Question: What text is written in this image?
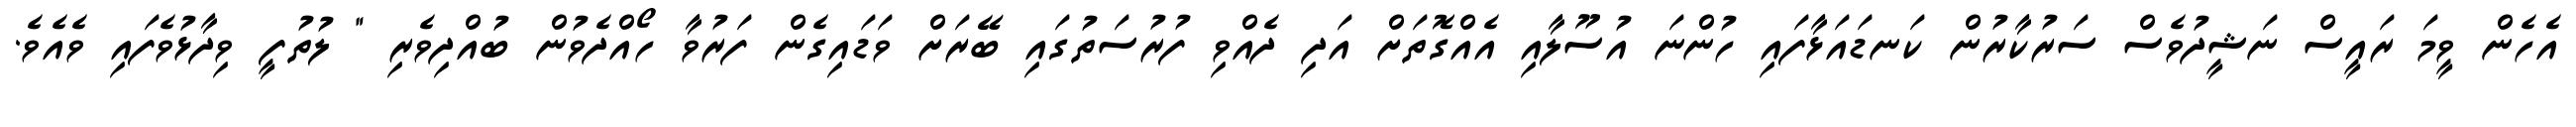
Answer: އެހެން ވީމަ ރައީސް ނަޝީދުވެސް ސަރުކާރުން ކަނޑައަޅާފައި ހުންނަ އުސޫލާއި އެއްގޮތަށް އަދި ދެއްވި ފުރުސަތުގައި ބޭރަށް ވަޑައިގެން ފަރުވާ ހޯއްދެވުން ބުއްދިވެރި " ލުތުފީ ވިދާޅުވެފައި ވެއެވެ.